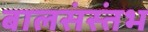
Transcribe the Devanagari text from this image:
बालसंस्तंभ